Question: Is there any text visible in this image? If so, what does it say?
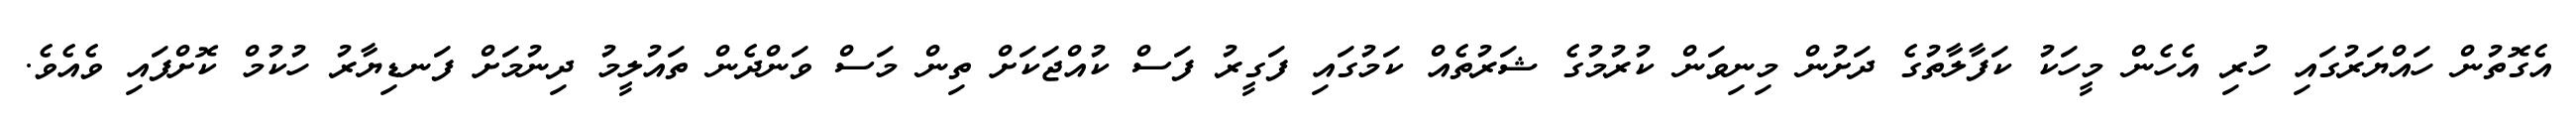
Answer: އެގޮތުން ހައްޔަރުގައި ހުރި އެހެން މީހަކު ކަފާލާތުގެ ދަށުން މިނިވަން ކުރުމުގެ ޝަރުތެއް ކަމުގައި ފަގީރު ފަސް ކުއްޖަކަށް ތިން މަސް ވަންދެން ތައުލީމު ދިނުމަށް ފަނޑިޔާރު ހުކުމް ކޮށްފައި ވެއެވެ.